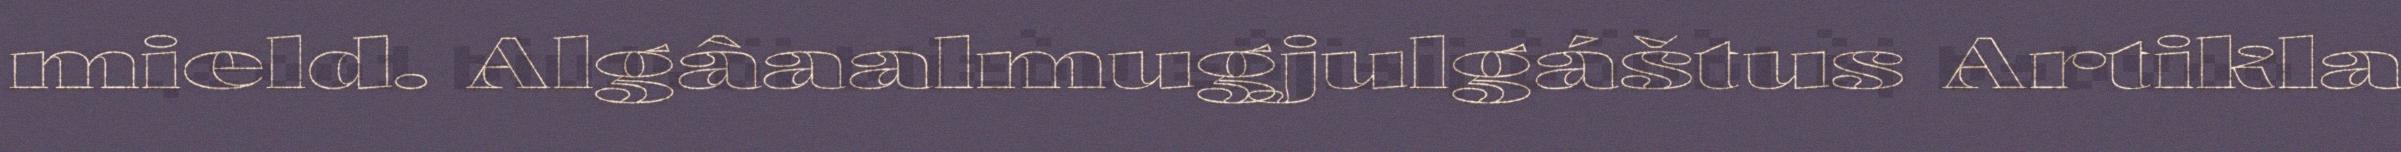
mield. Algâaalmugjulgáštus Artikla